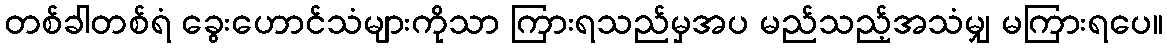
တစ်ခါတစ်ရံ ခွေးဟောင်သံများကိုသာ ကြားရသည်မှအပ မည်သည့်အသံမျှ မကြားရပေ။